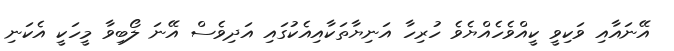
އޭނައާއި ވަކިވީ ކީއްވެހެއްޔެވެ ހުރިހާ އަނިޔާތަކާއިއެކުގައި އަދިވެސް އޭނަ ލޯބިވާ މީހަކީ އެކަނި